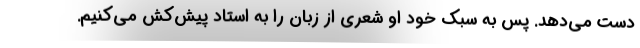
دست می‌دهد. پس به سبک خود او شعری از زبان را به استاد پیش‌کش می‌کنیم.